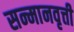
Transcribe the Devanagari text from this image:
सन्मानवृत्ती